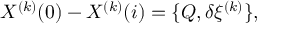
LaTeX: X ^ { ( k ) } ( 0 ) - X ^ { ( k ) } ( i ) = \{ Q , \delta \xi ^ { ( k ) } \} ,